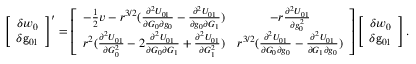
\left[ \begin{array} { c } { \delta w _ { 0 } } \\ { \delta \mathsf { g } _ { 0 1 } } \end{array} \right] ^ { \prime } = \left[ \begin{array} { c c } { - \frac { 1 } { 2 } v - r ^ { 3 / 2 } ( \frac { \partial ^ { 2 } U _ { 0 1 } } { \partial G _ { 0 } \partial g _ { 0 } } - \frac { \partial ^ { 2 } U _ { 0 1 } } { \partial g _ { 0 } \partial G _ { 1 } } ) } & { - r \frac { \partial ^ { 2 } U _ { 0 1 } } { \partial g _ { 0 } ^ { 2 } } } \\ { r ^ { 2 } ( \frac { \partial ^ { 2 } U _ { 0 1 } } { \partial G _ { 0 } ^ { 2 } } - 2 \frac { \partial ^ { 2 } U _ { 0 1 } } { \partial G _ { 0 } \partial G _ { 1 } } + \frac { \partial ^ { 2 } U _ { 0 1 } } { \partial G _ { 1 } ^ { 2 } } ) } & { r ^ { 3 / 2 } ( \frac { \partial ^ { 2 } U _ { 0 1 } } { \partial G _ { 0 } \partial g _ { 0 } } - \frac { \partial ^ { 2 } U _ { 0 1 } } { \partial G _ { 1 } \partial g _ { 0 } } ) } \end{array} \right] \left[ \begin{array} { c } { \delta w _ { 0 } } \\ { \delta \mathsf { g } _ { 0 1 } } \end{array} \right] .